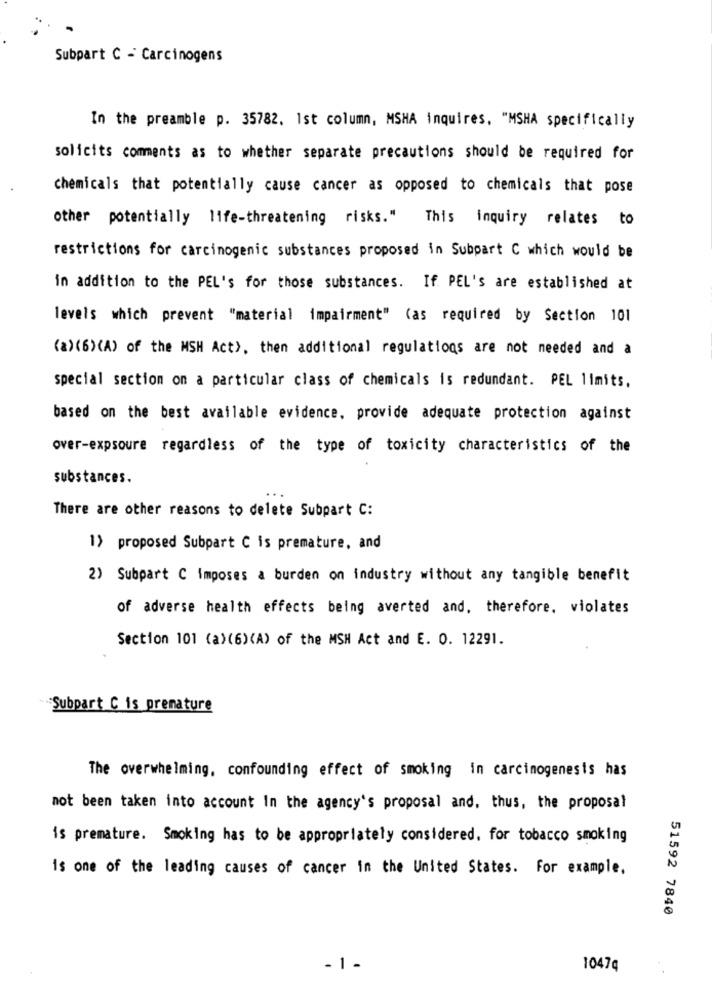
Subpart C - Carcinogens
In the preamble p. 35782. 1st column, MSHA inquires, "MSHA specifically
solicits comments as to whether separate precautions should be required for
chemicals that potentially cause cancer as opposed to chemicals that pose
other potentially life-threatening risks." This inquiry relates to
restrictions for carcinogenic substances proposed in Subpart C which would be
in addition to the PEL's for those substances. If. PEL's are established at
levels which prevent "material impairment" (as required by Section 101
(a)(6)(A) of the MSH Act>, then additional regulations are not needed and a
special section on a particular class of chemicals is redundant. PEL limits.
based on the best available evidence, provide adequate protection against
over-expsoure regardless of the type of toxicity characteristics of the
substances.
There are other reasons to delete Subpart C:
1) proposed Subpart C is premature, and
2) Subpart C Imposes a burden on industry without any tangible benefit
of adverse health effects being averted and, therefore, violates
Section 101 (a) (6) (A) of the MSH Act and E. O. 12291.
Subpart C is premature
The overwhelming, confounding effect of smoking in carcinogenesis has
not been taken into account In the agency's proposal and, thus, the proposal
is premature. Smoking has to be appropriately considered. for tobacco smoking
is one of the leading causes of cancer in the United States. For example.
51592 7840
- 1 -
1047q